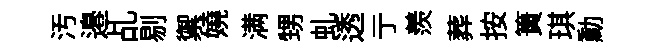
汚邉乩剔禦嬈满甥虬透亍羨葬按簣琪勳